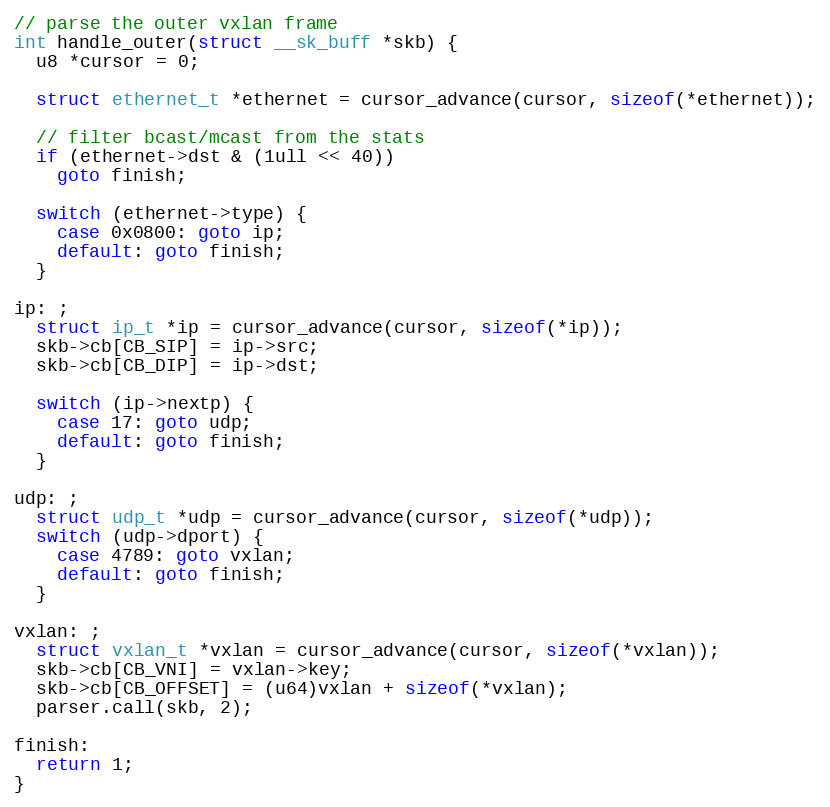
Language: C
// parse the outer vxlan frame
int handle_outer(struct __sk_buff *skb) {
  u8 *cursor = 0;

  struct ethernet_t *ethernet = cursor_advance(cursor, sizeof(*ethernet));

  // filter bcast/mcast from the stats
  if (ethernet->dst & (1ull << 40))
    goto finish;

  switch (ethernet->type) {
    case 0x0800: goto ip;
    default: goto finish;
  }

ip: ;
  struct ip_t *ip = cursor_advance(cursor, sizeof(*ip));
  skb->cb[CB_SIP] = ip->src;
  skb->cb[CB_DIP] = ip->dst;

  switch (ip->nextp) {
    case 17: goto udp;
    default: goto finish;
  }

udp: ;
  struct udp_t *udp = cursor_advance(cursor, sizeof(*udp));
  switch (udp->dport) {
    case 4789: goto vxlan;
    default: goto finish;
  }

vxlan: ;
  struct vxlan_t *vxlan = cursor_advance(cursor, sizeof(*vxlan));
  skb->cb[CB_VNI] = vxlan->key;
  skb->cb[CB_OFFSET] = (u64)vxlan + sizeof(*vxlan);
  parser.call(skb, 2);

finish:
  return 1;
}